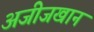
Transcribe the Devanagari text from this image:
अजीजखान